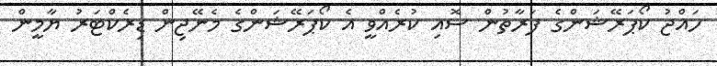
ހައްޖު ކޯޕަރޭޝަންގެ ފަރާތުން ސޮއި ކުރެއްވީ އެ ކޯޕަރޭޝަންގެ މެނޭޖިން ޑިރެކްޓަރު ޔާމީން